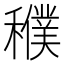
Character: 𥣜